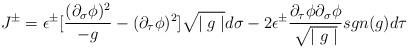
LaTeX: \begin{align*}J^\pm = \epsilon^\pm[\frac{(\partial_\sigma \phi)^2}{- g} -(\partial_\tau \phi)^2]{\sqrt{\mid g \mid}} d\sigma - 2\epsilon^\pm \frac{{\partial_\tau}\phi{\partial_\sigma}\phi}{\sqrt{\mid g \mid}} sgn(g) d\tau\end{align*}